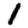
Digit: 1